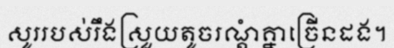
សូររបស់រឹងស្រួយតូចរណ្តំគ្នាច្រើនដង។